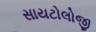
સાયટોલોજી